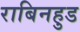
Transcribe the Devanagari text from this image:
राबिनहुड